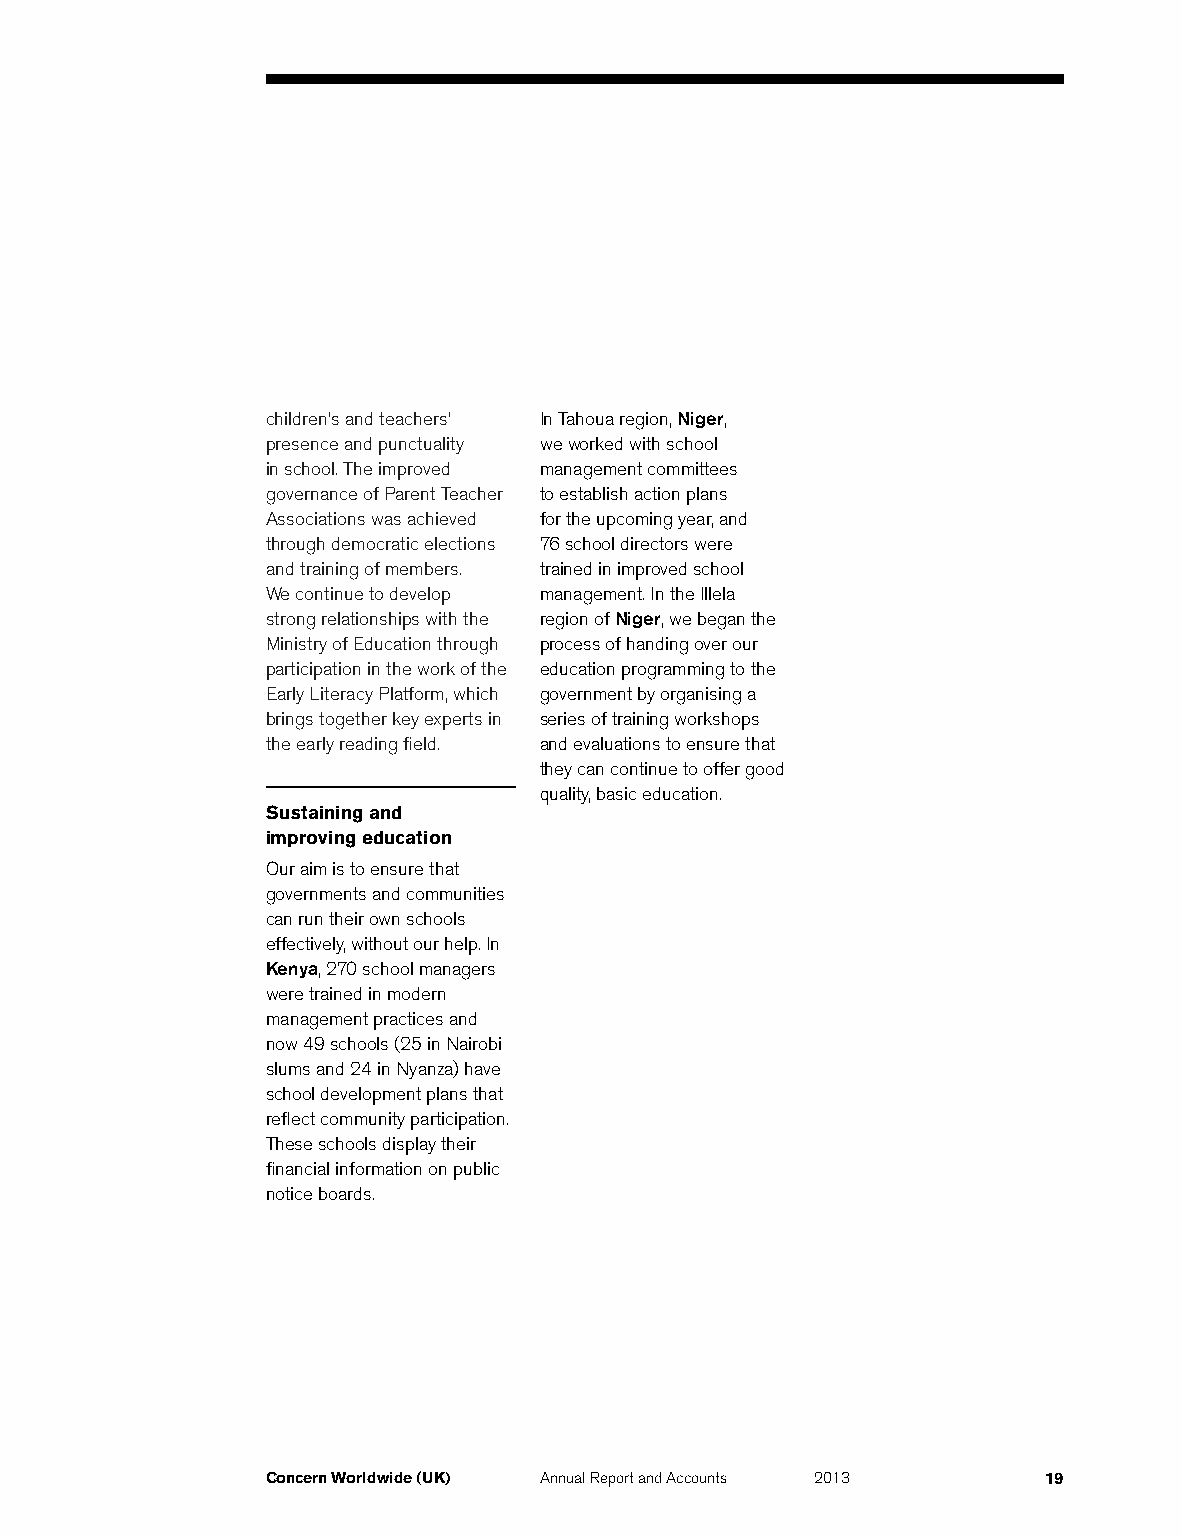
children’s and teachers’ In Tahoua region, Niger,
 presence and punctuality we worked with school
 in school. The improved management committees
 governance of Parent Teacher to establish action plans
 Associations was achieved for the upcoming year, and
 through democratic elections 76 school directors were
 and training of members. trained in improved school
 We continue to develop management. In the Illela
 strong relationships with the region of Niger, we began the
 Ministry of Education through process of handing over our
 participation in the work of the education programming to the
 Early Literacy Platform, which government by organising a
 brings together key experts in series of training workshops
 the early reading field. and evaluations to ensure that
 they can continue to offer good
 quality, basic education.
 Sustaining and
 improving education
 Our aim is to ensure that
 governments and communities
 can run their own schools
 effectively, without our help. In
 Kenya, 270 school managers
 were trained in modern
 management practices and
 now 49 schools (25 in Nairobi
 slums and 24 in Nyanza) have
 school development plans that
 reflect community participation.
 These schools display their
 financial information on public
 notice boards.
 Concern Worldwide (UK) Annual Report and Accounts 2013 19